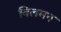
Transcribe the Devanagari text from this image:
विलमन